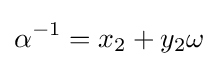
\alpha ^{-1}=x_{2}+y_{2}\omega